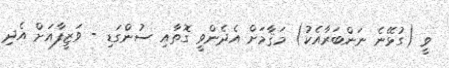
ވީ (ގުޅޭނެ ނަންބަރާއެކު) މަޤާމަށް އެދެންވީ ގޮތާއި ސުންގަޑި - ވަޒީފާއަށް އެދި